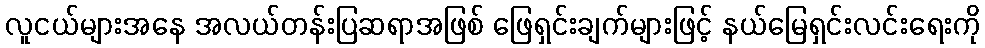
လူငယ်များအနေ အလယ်တန်းပြဆရာအဖြစ် ဖြေရှင်းချက်များဖြင့် နယ်မြေရှင်းလင်းရေးကို